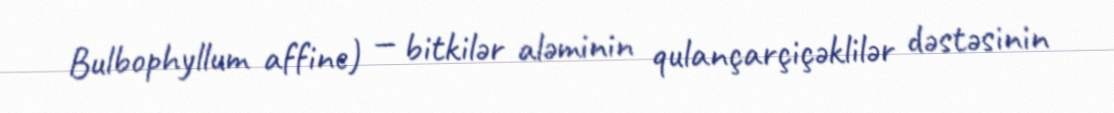
Bulbophyllum affine) — bitkilər aləminin qulançarçiçəklilər dəstəsinin